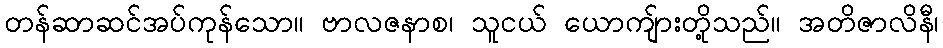
တန်ဆာဆင်အပ်ကုန်သော။ ဗာလဇနာစ၊ သူငယ် ယောကျ်ားတို့သည်။ အတိဇာလိနီ၊